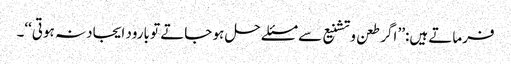
فرماتے ہیں:’’ اگر طعن و تشنیع سے مسئلے حل ہو جاتے تو بارود ایجاد نہ ہوتی‘‘۔